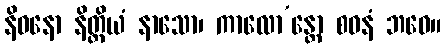
နိဓနော နိတ္ထိယံ နာသော၊ ကာလော’န္တော စဝနံ ဘဝေ။